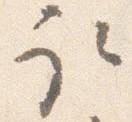
取